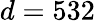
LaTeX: d=532